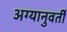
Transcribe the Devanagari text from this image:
अग्यानुवर्ती